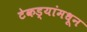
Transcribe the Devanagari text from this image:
टेकड्यांमधून